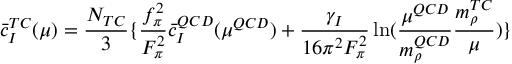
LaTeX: \bar { c } _ { I } ^ { T C } ( \mu ) = \frac { N _ { T C } } { 3 } \{ { \frac { f _ { \pi } ^ { 2 } } { F _ { \pi } ^ { 2 } } \bar { c } _ { I } ^ { Q C D } ( \mu ^ { Q C D } ) + \frac { \gamma _ { I } } { 1 6 \pi ^ { 2 } F _ { \pi } ^ { 2 } } \ln ( \frac { \mu ^ { Q C D } } { m _ { \rho } ^ { Q C D } } \frac { m _ { \rho } ^ { T C } } { \mu } ) } \}